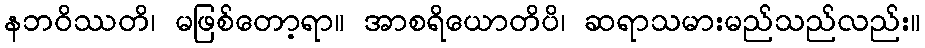
နဘဝိဿတိ၊ မဖြစ်တော့ရာ။ အာစရိယောတိပိ၊ ဆရာသမားမည်သည်လည်း။